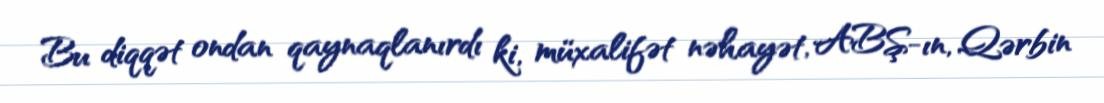
Bu diqqət ondan qaynaqlanırdı ki, müxalifət nəhayət, ABŞ-ın, Qərbin